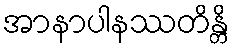
အာနာပါနဿတိန္တိ